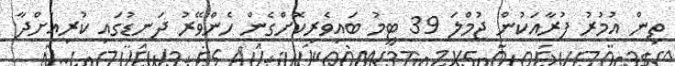
ތިން އުމުރު ފުރާއަކުން ޖުމްލަ 39 ޓީމު ބައިވެރިކޮށްގެން ހެންވޭރު ދަނޑުގައި ކުރިއަށްދާ